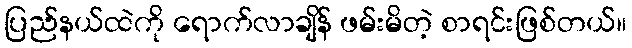
ပြည်နယ်ထဲကို ရောက်လာချိန် ဖမ်းမိတဲ့ စာရင်းဖြစ်တယ်။